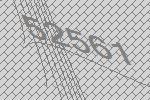
52561